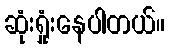
ဆုံးရှုံးနေပါတယ်။